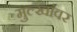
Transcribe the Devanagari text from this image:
मुल्खांवर